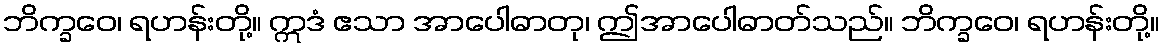
ဘိက္ခဝေ၊ ရဟန်းတို့။ ဣဒံ ဧသာ အာပေါဓာတု၊ ဤအာပေါဓာတ်သည်။ ဘိက္ခဝေ၊ ရဟန်းတို့။